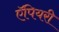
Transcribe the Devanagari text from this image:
ऍपियरी